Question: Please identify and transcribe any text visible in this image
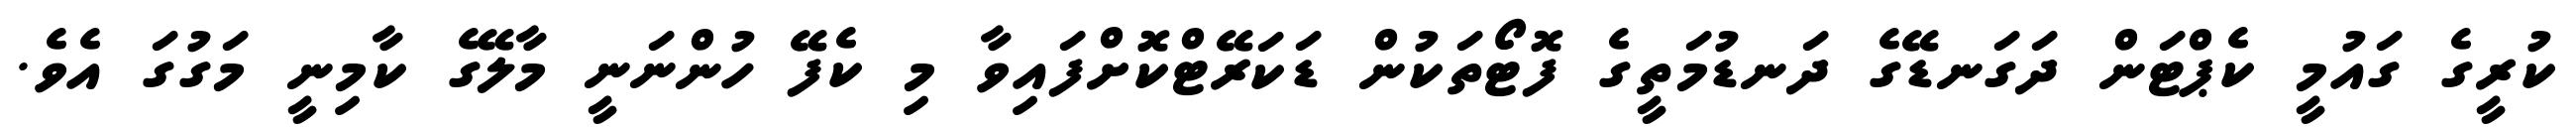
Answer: ކުރީގެ ގައުމީ ކެޕްޓަން ދަގަނޑޭގެ ދަނޑުމަތީގެ ފޮޓޯތަކުން ޑަކަރޭޓްކޮށްފައިވާ މި ކެފޭ ހުންނަނީ މާލޭގެ ކާމިނީ މަގުގަ އެވެ.